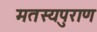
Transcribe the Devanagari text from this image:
मतस्यपुराण